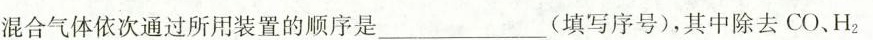
混合气体依次通过所用装置的顺序是___(填写序号)，其中除去CO、H_{2}